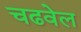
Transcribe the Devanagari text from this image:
चढवेल